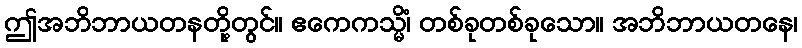
ဤအဘိဘာယတနတို့တွင်။ ဧကေကသ္မိံ၊ တစ်ခုတစ်ခုသော။ အဘိဘာယတနေ၊